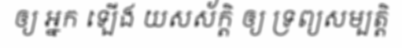
ឲ្យ អ្នក ឡើង យសស័ក្តិ ឲ្យ ទ្រព្យសម្បត្តិ